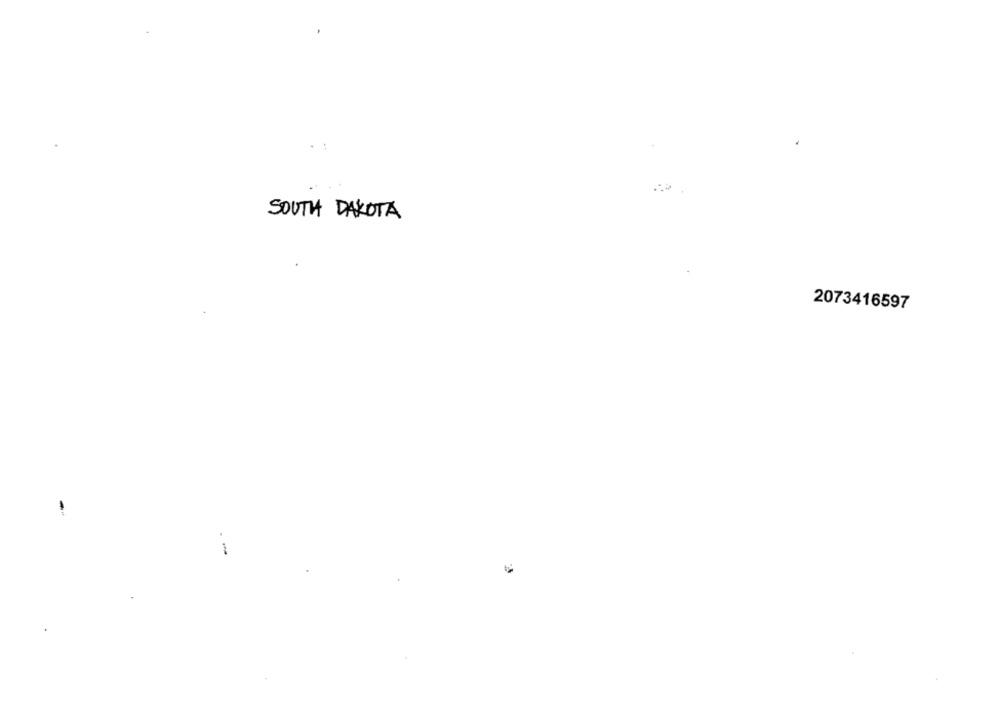
SOUTH DAKOTA
2073416597
-